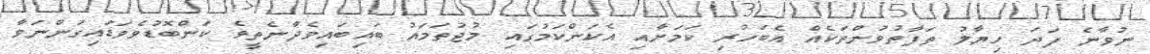
ނުވާނެ ފަދަ ހިޔާލު ތަފާތުވުންތަކެއް އެބަހުރި ކަމަށާއި އެކަންކަމުގައި މުޖުތަމައު ބައިބައިވެދާނެތީވެ ކަންބޮޑުވެވަޑައިގަންނަވާ